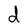
Character: d